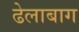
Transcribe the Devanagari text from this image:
ढेलाबाग